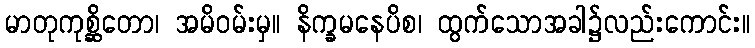
မာတုကုစ္ဆိတော၊ အမိဝမ်းမှ။ နိက္ခမနေပိစ၊ ထွက်သောအခါ၌လည်းကောင်း။